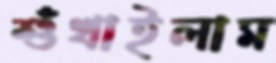
শুঁখাইলাম